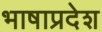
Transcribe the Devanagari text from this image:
भाषाप्रदेश